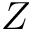
Z